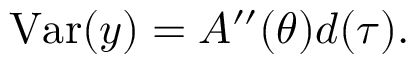
\operatorname { V a r } ( y ) = A ^ { \prime \prime } ( \theta ) d ( \tau ) . \,